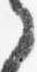
之